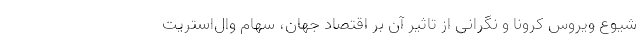
شیوع ویروس کرونا و نگرانی از تاثیر آن بر اقتصاد جهان، سهام وال‌استریت